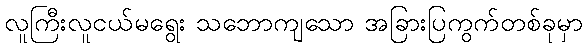
လူကြီးလူငယ်မရွေး သဘောကျသော အခြားပြကွက်တစ်ခုမှာ